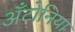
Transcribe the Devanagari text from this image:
अँटोनिया